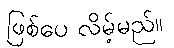
ဖြစ်ပေ လိမ့်မည်။